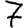
Digit: 7